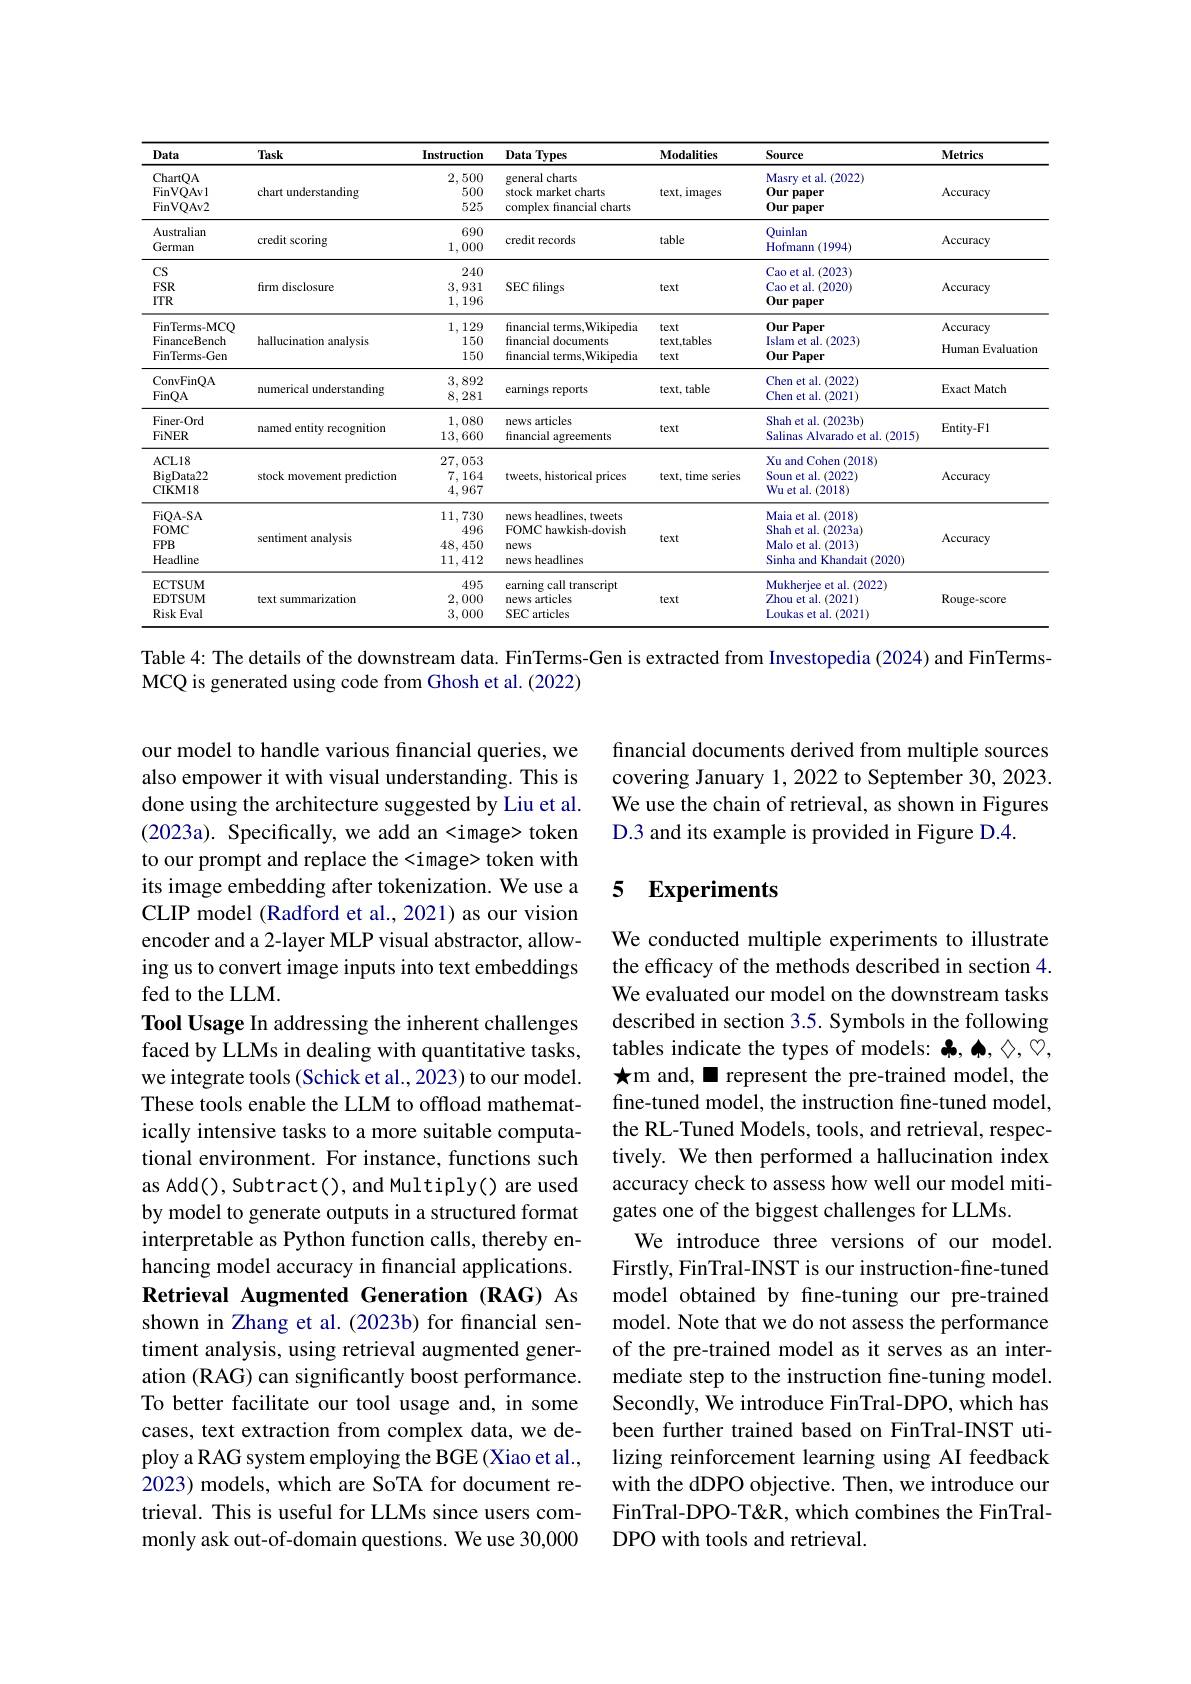
<table>
	<tbody>
		<tr>
			<th>Data</th>
			<th>Task</th>
			<th>Instruction</th>
			<th>Data Types</th>
			<th>Modalities</th>
			<th>Source</th>
			<th>Metrics</th>
		</tr>
		<tr>
			<td>ChartOA</td>
			<td> </td>
			<td>2,500</td>
			<td>general charts</td>
			<td> </td>
			<td>Masrv et al. (2022)</td>
			<td rowspan="1">Accuracy</td>
		</tr>
		<tr>
			<td>Australiam</td>
			<td> </td>
			<td>690</td>
			<td> </td>
			<td> </td>
			<td>Ouinlan</td>
			<td rowspan="2">Accuracy</td>
		</tr>
		<tr>
			<td>German</td>
			<td>credit scoring</td>
			<td>1,000</td>
			<td>credit records</td>
			<td>table</td>
			<td>Hofmann(1994)</td>
		</tr>
		<tr>
			<td>$CS$</td>
			<td> </td>
			<td>240</td>
			<td> </td>
			<td> </td>
			<td>Cao et al. (2023)</td>
			<td rowspan="3">Accuracy</td>
		</tr>
		<tr>
			<td>$UD$ $FSR$ $ITTR$</td>
			<td>firm disclosure</td>
			<td>$\angle40$ 3,931 1,196</td>
			<td>SEC flings</td>
			<td>text</td>
			<td>Cao et al. ( 2023) Cao et al. (2020) 0ur paper</td>
		</tr>
		<tr>
			<td>$IIK$</td>
			<td> </td>
			<td>1,190</td>
			<td> </td>
			<td> </td>
			<td>$0urpaper$</td>
		</tr>
		<tr>
			<td>FinTerms- MCQ</td>
			<td> </td>
			<td>1,129</td>
			<td>financial terms,Wikipedia</td>
			<td rowspan="3">text text,tables text</td>
			<td>0ur Paper</td>
			<td rowspan="3">Accuracy Human Evaluation</td>
		</tr>
		<tr>
			<td>FinanceBench</td>
			<td>hallucination analysis</td>
			<td>150</td>
			<td>financial documents</td>
			<td>Islam et al. (2023)</td>
		</tr>
		<tr>
			<td>FinTerms- Gen</td>
			<td> </td>
			<td>150</td>
			<td>financial terms,Wikipedia</td>
			<td>0ur Paper</td>
		</tr>
		<tr>
			<td>ConvFinQA</td>
			<td rowspan="2">numerical understanding</td>
			<td>3,892</td>
			<td>rtr</td>
			<td rowspan="2">text, table</td>
			<td>Chen et al. (2022)</td>
			<td rowspan="2">Exact Match</td>
		</tr>
		<tr>
			<td>FinQA</td>
			<td>8,281</td>
			<td>mgs reput.</td>
			<td>Chen et al. (2021)</td>
		</tr>
		<tr>
			<td> </td>
			<td> </td>
			<td> </td>
			<td> </td>
			<td> </td>
			<td>$(\angle0\angle1$</td>
			<td> </td>
		</tr>
		<tr>
			<td>Finer-Ord FiNFR</td>
			<td rowspan="3">named entity recognition</td>
			<td>1,080 12 1 TA</td>
			<td rowspan="3">news articles financial agreements</td>
			<td rowspan="3">text</td>
			<td>Shah et al. $(2023b)$ $\mathbf{C}_{2}\mathbf{lir}$ tal (2015</td>
			<td rowspan="3">Entity- F1</td>
		</tr>
		<tr>
			<td>Finer-Urd FiNER</td>
			<td>1,080 13,660</td>
			<td>M an et al. $(20\angle3b)$ Salinas Alvarado et al.(2015)</td>
		</tr>
		<tr>
			<td>FiNER</td>
			<td>13,660</td>
			<td>Salinas Alvarado et al.(2015)</td>
		</tr>
		<tr>
			<td>ACL18</td>
			<td rowspan="2">stock movement prediction</td>
			<td>27.053</td>
			<td rowspan="2">tweets, historical prices</td>
			<td> </td>
			<td>$\mathbf{X}_{\text{ll and Cohen}}$ (2018)</td>
			<td rowspan="2">Accuracy</td>
		</tr>
		<tr>
			<td>ACL18 $\operatorname{BigData22}$ CIKM18</td>
			<td>27,053 7,164 4,967</td>
			<td>text, time series</td>
			<td>Xu and Cohen (2018) Soun et al. (2022) Wu et al. (2018)</td>
		</tr>
		<tr>
			<td>CIKM18 EiOA. SA</td>
			<td> </td>
			<td>4,967 11 730</td>
			<td> </td>
			<td> </td>
			<td>Wu et al. (2018) (2018) 21 ataT</td>
			<td> </td>
		</tr>
		<tr>
			<td>FiQA- SA FOMC $FPB$ Headline</td>
			<td>sentiment analysis</td>
			<td>11,730 496 48,450 11,412</td>
			<td rowspan="3">news headlines, tweets FOMC hawkish-dovish news news headlines</td>
			<td>text</td>
			<td>Maia et al. (2018) Shah et al. (2023a) Malo et al. (2013) Sinha and Khandait (2020)</td>
			<td rowspan="3">Accuracy</td>
		</tr>
		<tr>
			<td>FOMC</td>
			<td> </td>
			<td>496</td>
			<td> </td>
			<td>Shah et al. (2023a)</td>
		</tr>
		<tr>
			<td>Headline</td>
			<td> </td>
			<td>11,412</td>
			<td> </td>
			<td>Sinha and Khandait t (2020)</td>
		</tr>
		<tr>
			<td>ECTSUM EDTSUM Risk Eval</td>
			<td>text summarization</td>
			<td>495 2,000 3,000</td>
			<td>earning call transcript news articles SEC articles</td>
			<td rowspan="4">text</td>
			<td>Mukherjee et al.(2022) Zhou et al. (2021) Loukas et al. (2021)</td>
			<td rowspan="4">Rouge- score</td>
		</tr>
		<tr>
			<td>ECTSUM</td>
			<td> </td>
			<td>495</td>
			<td>earning call transcript</td>
			<td>Mukherjee et al.(2022)</td>
		</tr>
		<tr>
			<td>EDTSUM</td>
			<td>text summarization</td>
			<td>2,000</td>
			<td>news articles</td>
			<td>Zhou et al. (2021)</td>
		</tr>
		<tr>
			<td>Risk Eval</td>
			<td> </td>
			<td>3,000</td>
			<td>SEC articles</td>
			<td>Loukas et al. (2021)</td>
		</tr>
	</tbody>
</table>

Table 4: The details of the downstream data. FinTerms-Gen is extracted from Investopedia (2024) and FinTerms-
MCQ is generated using code from Ghosh et al. (2022)

financial documents derived from multiple sources covering January 1, 2022 to September 30, 2023. We use the chain of retrieval, as shown in Figures D.3 and its example is provided in Figure D.4.

### 5 Experiments

our model to handle various financial queries, we also empower it with visual understanding. This is done using the architecture suggested by Liu et al. (2023a). Specifically, we add an  token to our prompt and replace the  token with its image embedding after tokenization. We use a CLIP model (Radford et al., 2021) as our vision encoder and a 2-layer MLP visual abstractor, allowing us to convert image inputs into text embeddings fed to the LLM.
Tool Usage In addressing the inherent challenges faced by LLMs in dealing with quantitative tasks, we integrate tools (Schick et al., 2023) to our model. These tools enable the LLM to offload mathematically intensive tasks to a more suitable computational environment. For instance, functions such as Add(), Subtract(), and Multiply() are used by model to generate outputs in a structured format interpretable as Python function calls, thereby enhancing model accuracy in fnancial applications. Retrieval Augmented Generation (RAG) As shown in Zhang et al.(2023b) for financial sentiment analysis, using retrieval augmented generation (RAG) can significantly boost performance. To better facilitate our tool usage and, in some cases, text extraction from complex data, we deploy a RAG system employing the BGE (Xiao et al., 2023) models, which are SoTA for document retrieval. This is useful for LLMs since users commonly ask out-of-domain questions. We use 30,000

We conducted multiple experiments to illustrate the efficacy of the methods described in section 4. We evaluated our model on the downstream tasks described in section 3.5. Symbols in the following tables indicate the types of models: $\clubsuit,\spadesuit,\diamondsuit,\heartsuit$, $★$m and,◼represent the pre-trained model, the fine-tuned model, the instruction fine-tuned model, the RL-Tuned Models, tools, and retrieval, respectively. We then performed a hallucination index accuracy check to assess how well our model mitigates one of the biggest challenges for LLMs
We introduce three versions of our model. Firstly, FinTral-INST is our instruction-fine-tuned model obtained by fine-tuning our pre-trained model. Note that we do not assess the performance of the pre-trained model as it serves as an intermediate step to the instruction fine-tuning model. Secondly, We introduce FinTral-DPO, which has been further trained based on FinTral-INST utilizing reinforcement learning using AI feedback with the dDPO objective. Then, we introduce our FinTral-DPO-T&R, which combines the FinTralDPO with tools and retrieval.